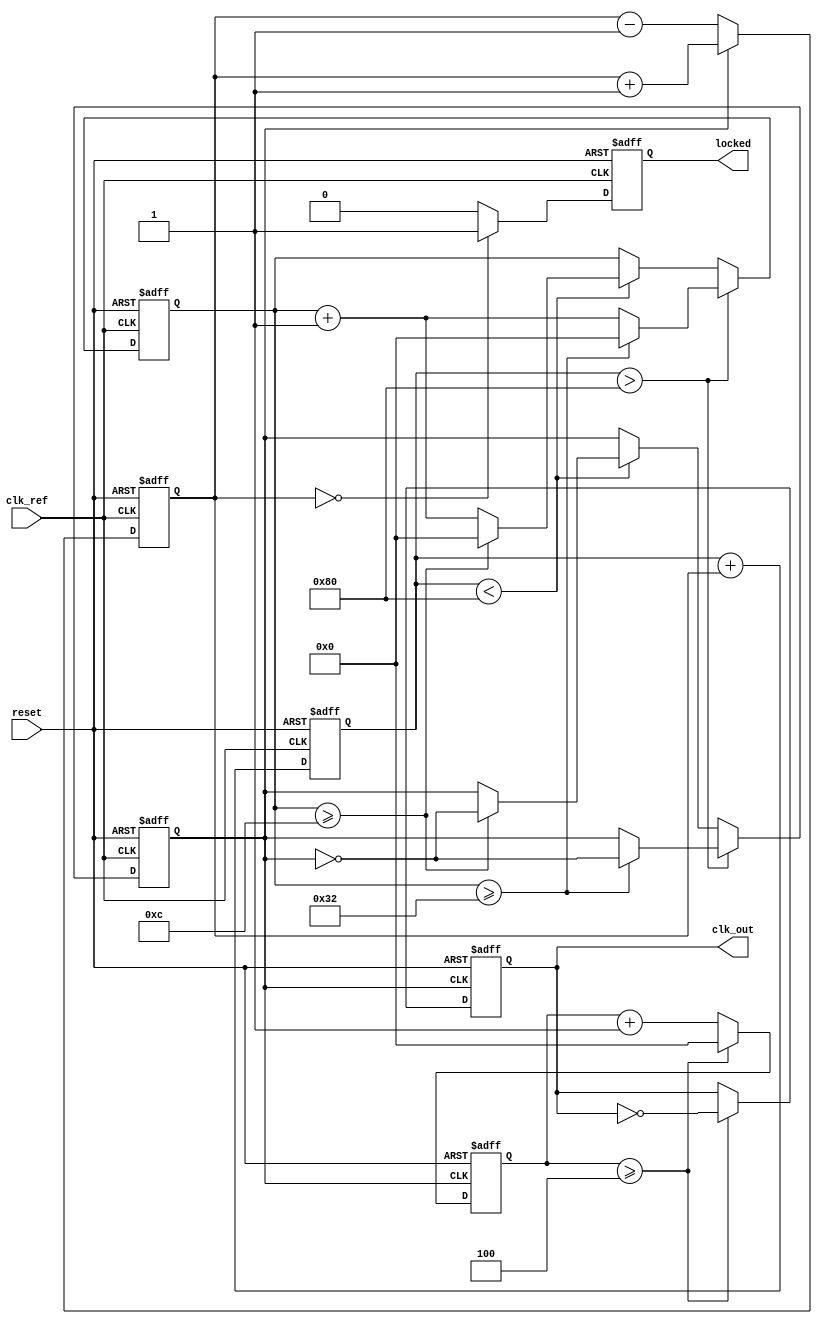
module PLL (
    input wire clk_ref,          // Reference clock input
    input wire reset,            // Asynchronous reset
    output reg clk_out,          // Output clock
    output reg locked            // Lock status indicator
);

    // Parameters for the PLL
    parameter DIV_RATIO = 4;     // Division ratio for feedback
    parameter VCO_MAX_FREQ = 200; // Maximum VCO frequency in MHz
    parameter VCO_MIN_FREQ = 50;  // Minimum VCO frequency in MHz

    // Internal signals
    reg [3:0] phase_error;        // Phase error signal
    reg [7:0] control_voltage;     // Control voltage for VCO
    reg [3:0] vco_counter;         // VCO frequency counter
    reg [3:0] divider_counter;     // Divider counter
    reg vco_clk;                   // VCO clock signal

    // Phase Detector (PD)
    always @(posedge clk_ref or posedge reset) begin
        if (reset) begin
            phase_error <= 0;
        end else begin
            // Simple phase comparison logic
            if (vco_clk) begin
                phase_error <= phase_error + 1; // Increment if VCO is leading
            end else begin
                phase_error <= phase_error - 1; // Decrement if VCO is lagging
            end
        end
    end

    // Loop Filter (LF)
    always @(posedge clk_ref or posedge reset) begin
        if (reset) begin
            control_voltage <= 0;
        end else begin
            // Simple low-pass filter implementation
            control_voltage <= control_voltage + phase_error[3:0]; // Adjust control voltage
        end
    end

    // Voltage-Controlled Oscillator (VCO)
    always @(posedge clk_ref or posedge reset) begin
        if (reset) begin
            vco_counter <= 0;
            vco_clk <= 0;
        end else begin
            // VCO frequency control based on control voltage
            if (control_voltage > 128) begin
                vco_counter <= vco_counter + 1;
                if (vco_counter >= (VCO_MAX_FREQ / DIV_RATIO)) begin
                    vco_clk <= ~vco_clk; // Toggle VCO clock
                    vco_counter <= 0;
                end
            end else if (control_voltage < 128) begin
                vco_counter <= vco_counter + 1;
                if (vco_counter >= (VCO_MIN_FREQ / DIV_RATIO)) begin
                    vco_clk <= ~vco_clk; // Toggle VCO clock
                    vco_counter <= 0;
                end
            end
        end
    end

    // Divider
    always @(posedge vco_clk or posedge reset) begin
        if (reset) begin
            divider_counter <= 0;
            clk_out <= 0;
        end else begin
            divider_counter <= divider_counter + 1;
            if (divider_counter >= DIV_RATIO) begin
                clk_out <= ~clk_out; // Generate output clock
                divider_counter <= 0;
            end
        end
    end

    // Lock detection logic
    always @(posedge clk_ref or posedge reset) begin
        if (reset) begin
            locked <= 0;
        end else begin
            // Simple lock detection based on phase error
            if (phase_error == 0) begin
                locked <= 1; // Locked state
            end else begin
                locked <= 0; // Not locked
            end
        end
    end

endmodule